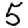
Digit: 5